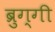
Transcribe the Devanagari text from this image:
ब्रुग्गी